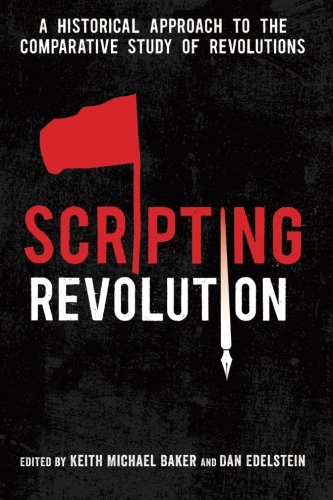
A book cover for Scripting Revolution: A Historical Approach to the Comparative Study of Revolutions; History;